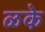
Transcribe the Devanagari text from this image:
ळके